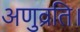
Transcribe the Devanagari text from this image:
अणुव्रति।